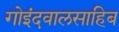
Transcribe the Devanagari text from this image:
गोइंदवालसाहिब